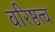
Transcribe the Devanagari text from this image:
वरिष्ठत्व